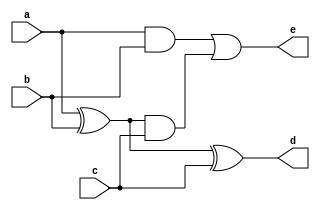
`timescale 1ns / 1ps
//////////////////////////////////////////////////////////////////////////////////
// By: Yash Chandra Verma
//
// Module Name:    Full Adder Circuit 
//
// Description: A Normal Full Adder Circuit using XOR and AND Gates
//
//////////////////////////////////////////////////////////////////////////////////
module Full_Adder(
    input a,
    input b,
    input c,
    output d,
    output e
    );
	 
	 wire w1;
	 wire w2;
	 wire w3;
	 
	 assign w1= a ^ b;
	 assign w2= a & b;
	 assign w3= w1 & c;
	 
	 assign d= w1 ^ c;
	 assign e= w2 | w3;
	 
endmodule